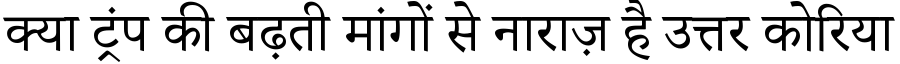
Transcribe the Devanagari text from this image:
क्या ट्रंप की बढ़ती मांगों से नाराज़ है उत्तर कोरिया